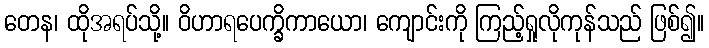
တေန၊ ထိုအရပ်သို့။ ဝိဟာရပေက္ခိကာယော၊ ကျောင်းကို ကြည့်ရှုလိုကုန်သည် ဖြစ်၍။